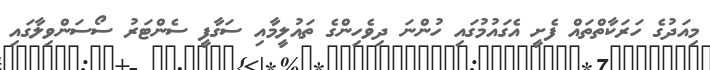
މިއަދުގެ ހަރަކާތްތައް ފެށީ އެގައުމުގައި ހުންނަ ދިވެހިންގެ ތައުލީމާއި ސަގާފީ ސެންޓަރު ސޯސަންވިލާގައި